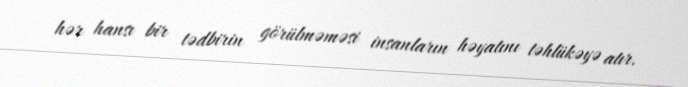
hər hansı bir tədbirin görülməməsi insanların həyatını təhlükəyə atır.